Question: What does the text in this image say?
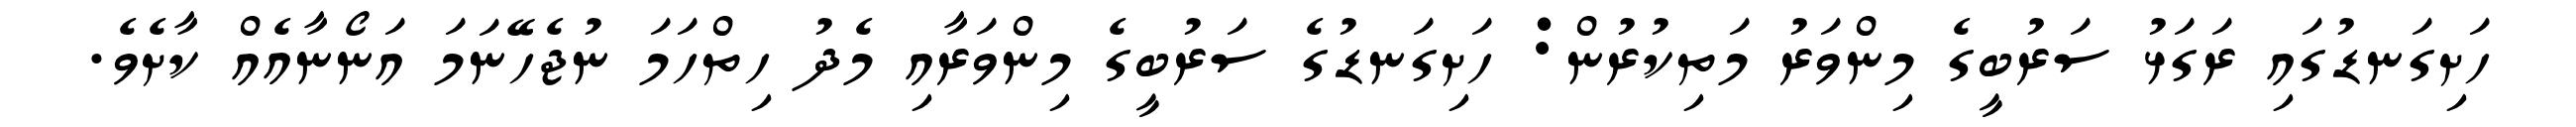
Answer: ހަށިގަނޑުގައި ރަގަޅު ސަރުބީގެ މިންވަރު މަތިކުރުން: ހަށިގަނޑުގެ ސަރުބީގެ މިންވަރާއި މެދު ހިތްހަމަ ނުޖެހޭނަމަ އަނޯނާއެއް ކާށެވެ.